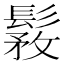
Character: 𩭾